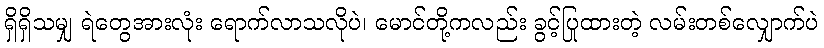
ရှိရှိသမျှ ရဲတွေအားလုံး ရောက်လာသလိုပဲ၊ မောင်တို့ကလည်း ခွင့်ပြုထားတဲ့ လမ်းတစ်လျှောက်ပဲ